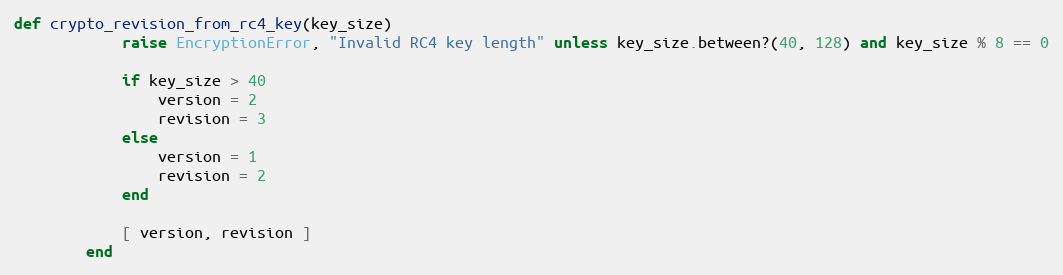
Language: Ruby
def crypto_revision_from_rc4_key(key_size)
            raise EncryptionError, "Invalid RC4 key length" unless key_size.between?(40, 128) and key_size % 8 == 0

            if key_size > 40
                version = 2
                revision = 3
            else
                version = 1
                revision = 2
            end

            [ version, revision ]
        end